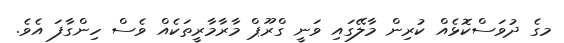
މގެ ދުވަސްކޮޅެއް ކުރިން މާލޭގައި ވަނީ ގްރޫޕް މާރާމާރީތަކެއް ވެސް ހިންގާފަ އެވެ.